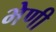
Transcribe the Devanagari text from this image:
भेणी